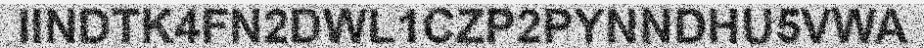
IINDTK4FN2DWL1CZP2PYNNDHU5VWA